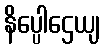
နိပ္ပေါဌေယျ